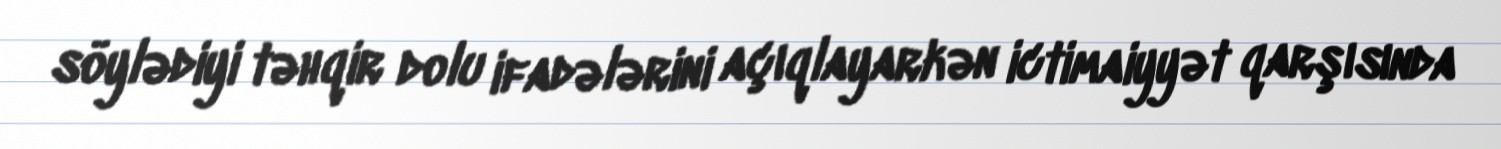
söylədiyi təhqir dolu ifadələrini açıqlayarkən ictimaiyyət qarşısında